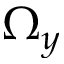
\Omega _ { y }